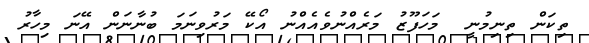
ތިކަން ތިނިމުނީ  މަހަފޫޒު މަރެއްނުވެއެއްނު އޯކޭ މަރުވިނަމަ ބުނާނަން އޭނަ މިހާރު